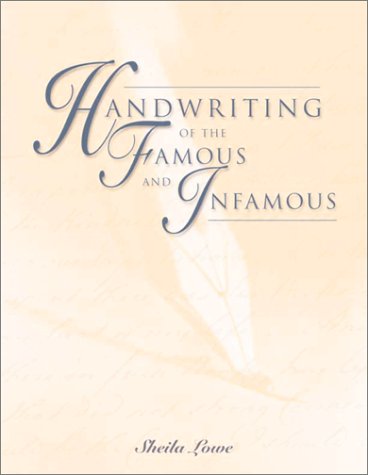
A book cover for Handwriting of the Famous and Infamous; Sheila R. Lowe; Reference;